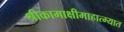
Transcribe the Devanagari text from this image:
श्रीकामाक्षीमाहात्म्यात